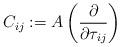
LaTeX: \begin{align*}C_{ij}:= A\left(\frac{\partial}{\partial \tau_{ij}}\right) \end{align*}